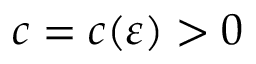
c = c ( \varepsilon ) > 0